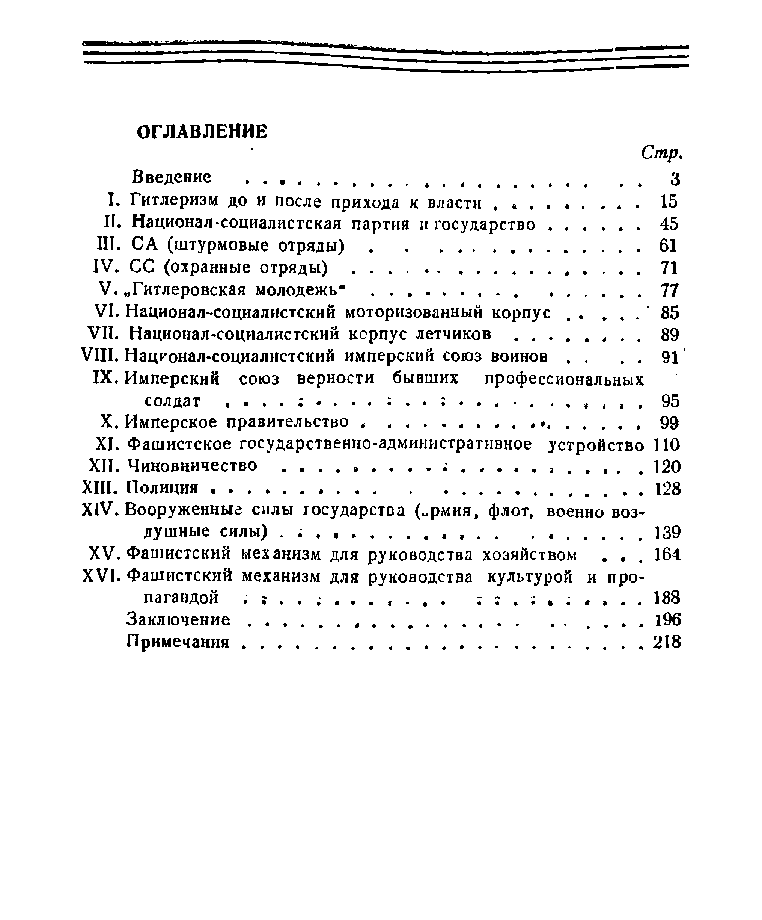
ОГЛАВЛЕНИЕ
 Стр.
 Введение .................................................. з
 I. Гитлеризм до и после прихода к власти . . . . . . . . . 15
 IÍ. Национал-социалистская партия и государство . . . . . . 45
 III. СА (штурмовые отряды).................................................................................61
 IV. СС (охранные отряды) ........................................................... 71
 V. „Гитлеровская молодежь“ .................................................................................77
 VI. Национал-социалистский моторизованный корпус . . . . . ' 85
 VII. Национал-социалистский корпус летчиков...................... 89
 VIII. Национал-социалистский имперский союз воинов . . . . 91
 IX. Имперский союз верности бывших профессиональных
 солдат                ¿         . 95
 X. Имперское правительство .         99
 XI. Фашистское государственно-административное устройство ПО
 XII. Чиновничество ......................................; . ................................................120
 XIII. Полиция ............................................................................................... 128
 XIV. Вооруженные силы государства (~рмия, флот, военно воз­
 душные силы) . ; ................................................................................................139
 XV. Фашистский механизм для руководства хозяйством . . . 164
 XVI. Фашистский механизм для руководства культурой и про­
 пагандой . г . . . . . . . . . . 188
 Заключение............................................................................................... 196
 Примечания...................................................................................................................218